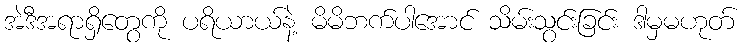
အဲဒီအရာရှိတွေကို ပရိယာယ်နဲ့ မိမိဘက်ပါအောင် သိမ်းသွင်းခြင်း ဒါမှမဟုတ်